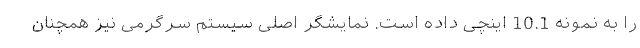
را به نمونه 10.1 اینچی داده است. نمایشگر اصلی سیستم سرگرمی نیز همچنان